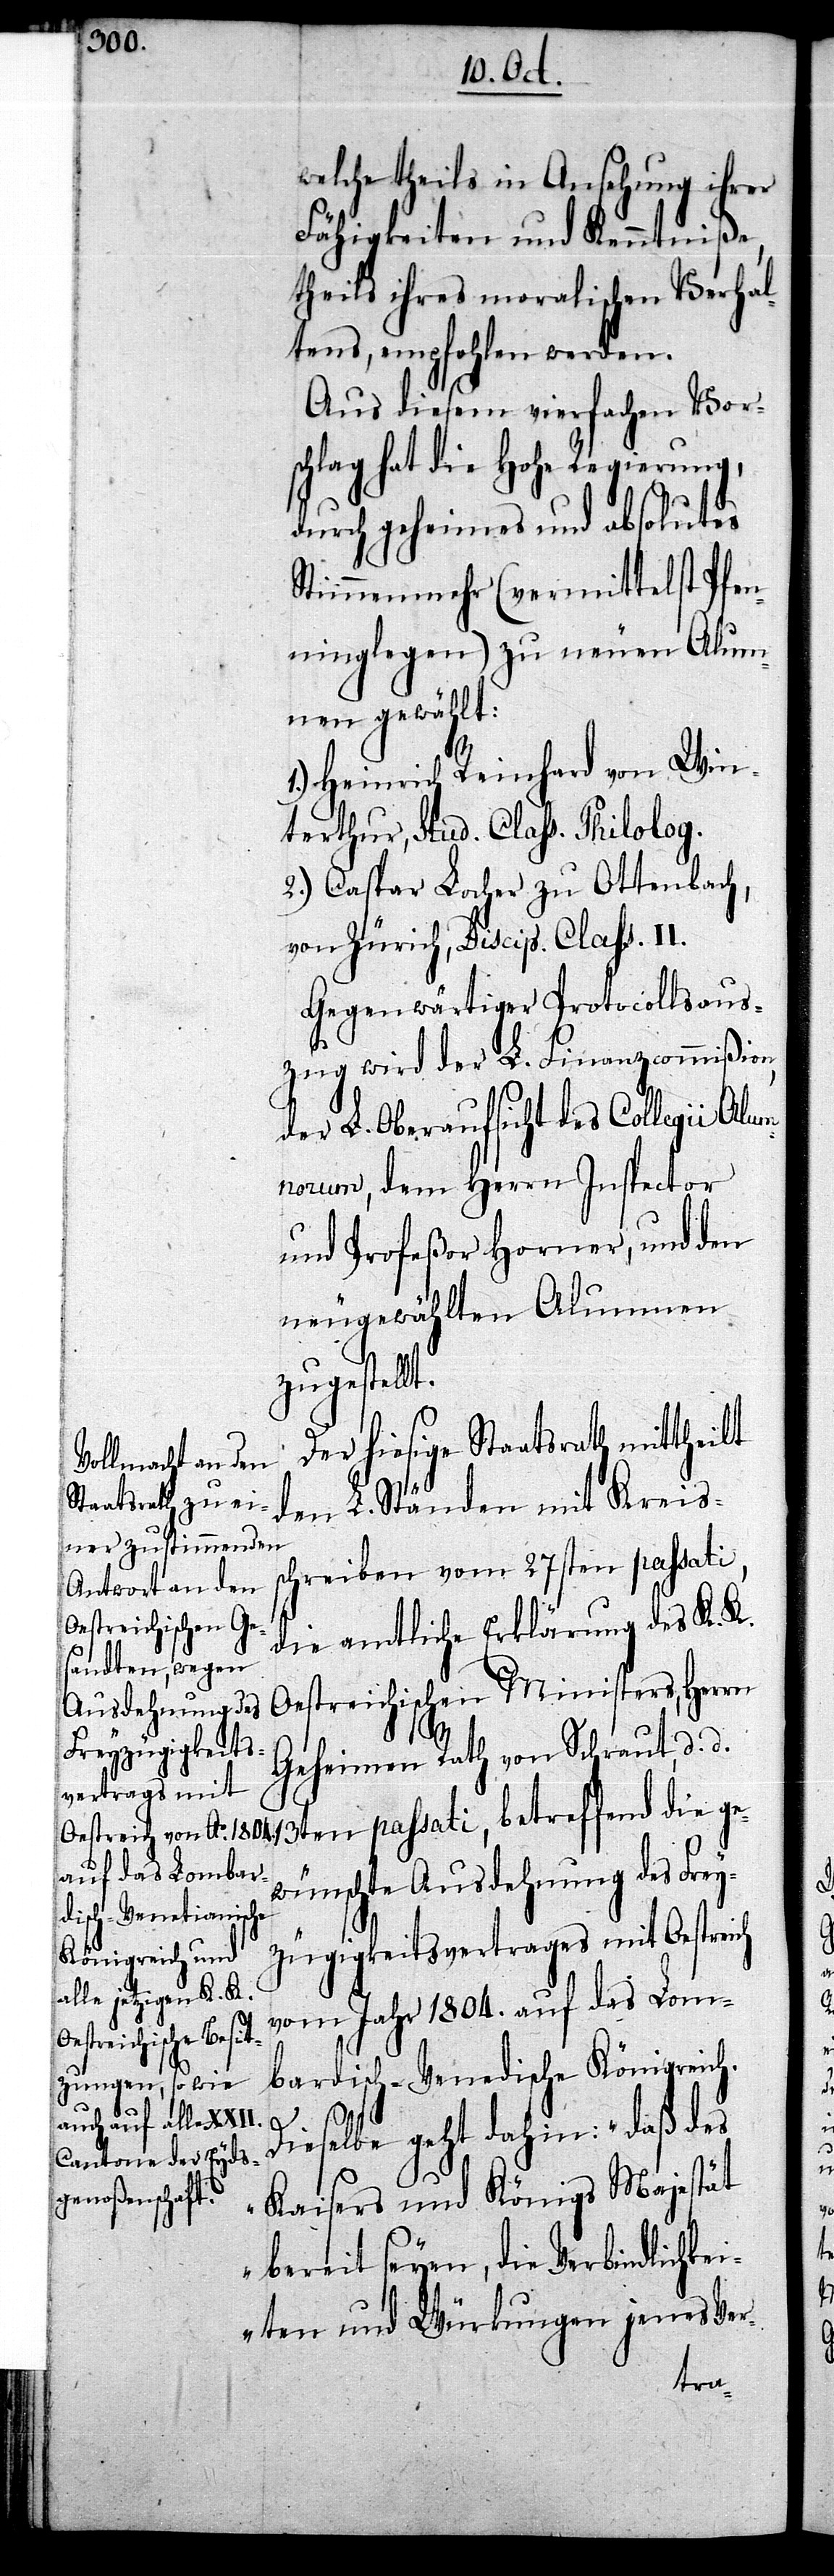
welche theils in Ansehung ihrer
Fähigleiten und Kenntniße,
theils ihres moralischen Verhal¬
tens, empfohlen werden.
Aus diesem vierfachen Vors¬
chlag hat die Hohe Regierung,
durch geheimes und absolutes
Stimmenmehr (vermittelst Pfen¬
ninglegen) zu neuen Alum¬
nen gewählt:
1.) Heinrich Reinhard von Win¬
terthur, Stud. Class. Philolog.
2.) Caspar Locher zu Ottenbach,
von Zürich, Discip. Class. II.
Gegenwärtiger Protocollsaus¬
zug wird der L. Finanzcommißion,
der L. Oberaufsicht des Collegii Alum¬
norum, dem Herrn Inspector
und Profeßor Horner, und den
neugewählten Alumnen
zugestell¬
Der hiesige Staatsrath mittheilt
den L. Ständen mit Kreiss¬
chreiben vom 27sten passati,
die amtliche Erklärung des K. K.
Oestreichischen Ministers, Herrn
Geheimen Rath von Schraut, d. d.
wünschte Ausdehnung des Frey¬
ge¬
zügigkeitsvertrages mit Oestreich
vom Jahr 1804. auf das Lom¬
bardisch-Venedische Königreich.
Dieselbe geht dahin: „daß des
Kaisers und Königs Majestät
bereit seyen, die Verbindlichke¬
iten und Würkungen jenes Ver-